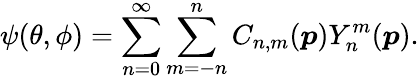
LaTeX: \psi(\theta,\phi)=\sum_{n=0}^{\infty}\sum_{m=-n}^{n}C_{n,m}(\boldsymbol{p})Y_{n}^{m}(\boldsymbol{p}).